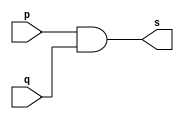
// -------------------------
// Exemplo0003 - AND
// Nome: HERBERT ALVES BATISTA
// -------------------------
// -------------------------
// -- and gate
// -------------------------
module andgate ( output s,
input p,
input q);
assign s = p & q;
endmodule // andgate
// ---------------------
// -- test and gate
// ---------------------
module testandgate;
// ------------------------- dados locais
reg a, b; // definir registradores
wire s; // definir conexao (fio)
// ------------------------- instancia
andgate AND1 (s, a, b);
// ------------------------- preparacao
initial begin:start
// atribuicao simultanea
// dos valores iniciais
a=0; b=0;
end
// ------------------------- parte principal
initial begin
$display("Exemplo0003 - HERBERT ALVES - 461971");
$display("Test AND gate");
$display("\na & b = s\n");
a=0; b=0;
#1 $display("%b & %b = %b", a, b, s);
a=0; b=1;
#1 $display("%b & %b = %b", a, b, s);
a=1; b=0;
#1 $display("%b & %b = %b", a, b, s);
a=1; b=1;
#1 $display("%b & %b = %b", a, b, s);
end
endmodule // testandgate